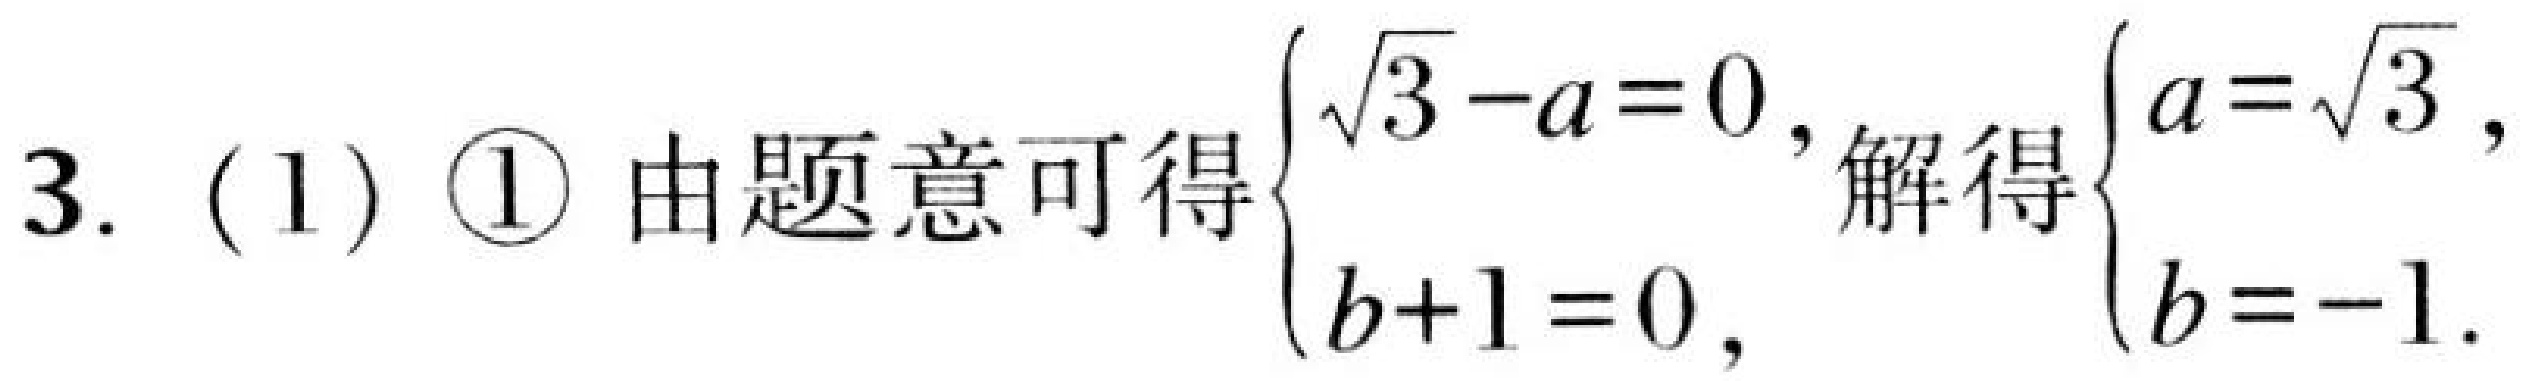
3. (1) \textcircled{1} 由题意可得\(\begin{cases}\sqrt{3}-a = 0,\\b + 1=0,\end{cases}\)解得\(\begin{cases}a=\sqrt{3},\\b = - 1.\end{cases}\)